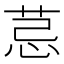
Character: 𦮼